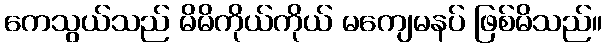
ကေသွယ်သည် မိမိကိုယ်ကိုယ် မကျေမနပ် ဖြစ်မိသည်။